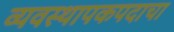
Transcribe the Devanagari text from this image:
व्यवस्थापकपदाचा